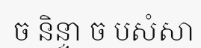
ច និន្ទា ច បសំសា